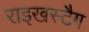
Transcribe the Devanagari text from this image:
राइखस्टैग